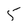
Character: 5